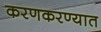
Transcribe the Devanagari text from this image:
करणकरण्यात